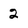
Character: 2